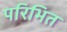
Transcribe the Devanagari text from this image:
परिभित